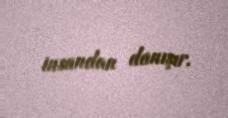
insandan danışır.